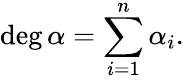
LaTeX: \deg\alpha=\sum_{i=1}^{n}\alpha_{i}.